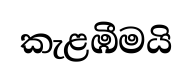
කැළඹීමයි